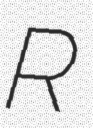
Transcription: R